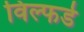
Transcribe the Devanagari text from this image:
विल्फर्ड